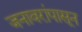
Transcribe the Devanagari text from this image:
जनावरांपासून